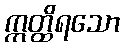
ဣတ္ထိရသော